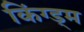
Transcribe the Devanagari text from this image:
किंग्ड्म